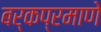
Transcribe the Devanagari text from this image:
बर्कप्रमाणे